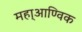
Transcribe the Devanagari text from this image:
महा्आण्विक